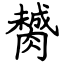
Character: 膥